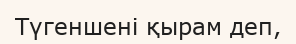
Түгеншені қырам деп,